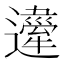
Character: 𨘇